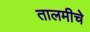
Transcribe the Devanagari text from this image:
तालमीचे